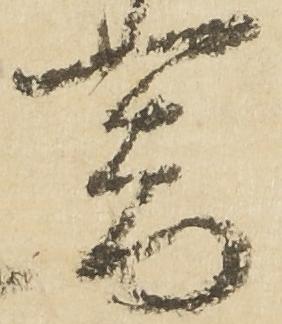
器